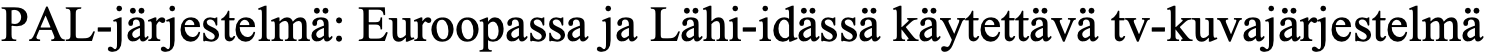
PAL-järjestelmä: Euroopassa ja Lähi-idässä käytettävä tv-kuvajärjestelmä